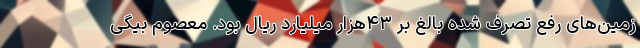
زمین‌های رفع تصرف شده بالغ بر ۴۳هزار میلیارد ریال بود. معصوم بیگی